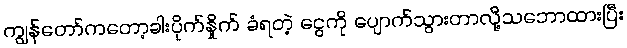
ကျွန်တော်ကတော့ခါးပိုက်နှိုက် ခံရတဲ့ ငွေကို ပျောက်သွားတာလို့သဘောထားပြီး